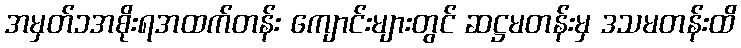
အမှတ်၁အစိုးရအထက်တန်း ကျောင်းများတွင် ဆဋ္ဌမတန်းမှ ဒသမတန်းထိ